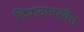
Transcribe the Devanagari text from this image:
विषादावस्थैत